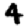
Digit: 4